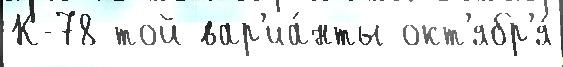
К-78 той вар'иа́нты окт'ябр'я́